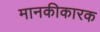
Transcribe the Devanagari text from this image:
मानकीकारक